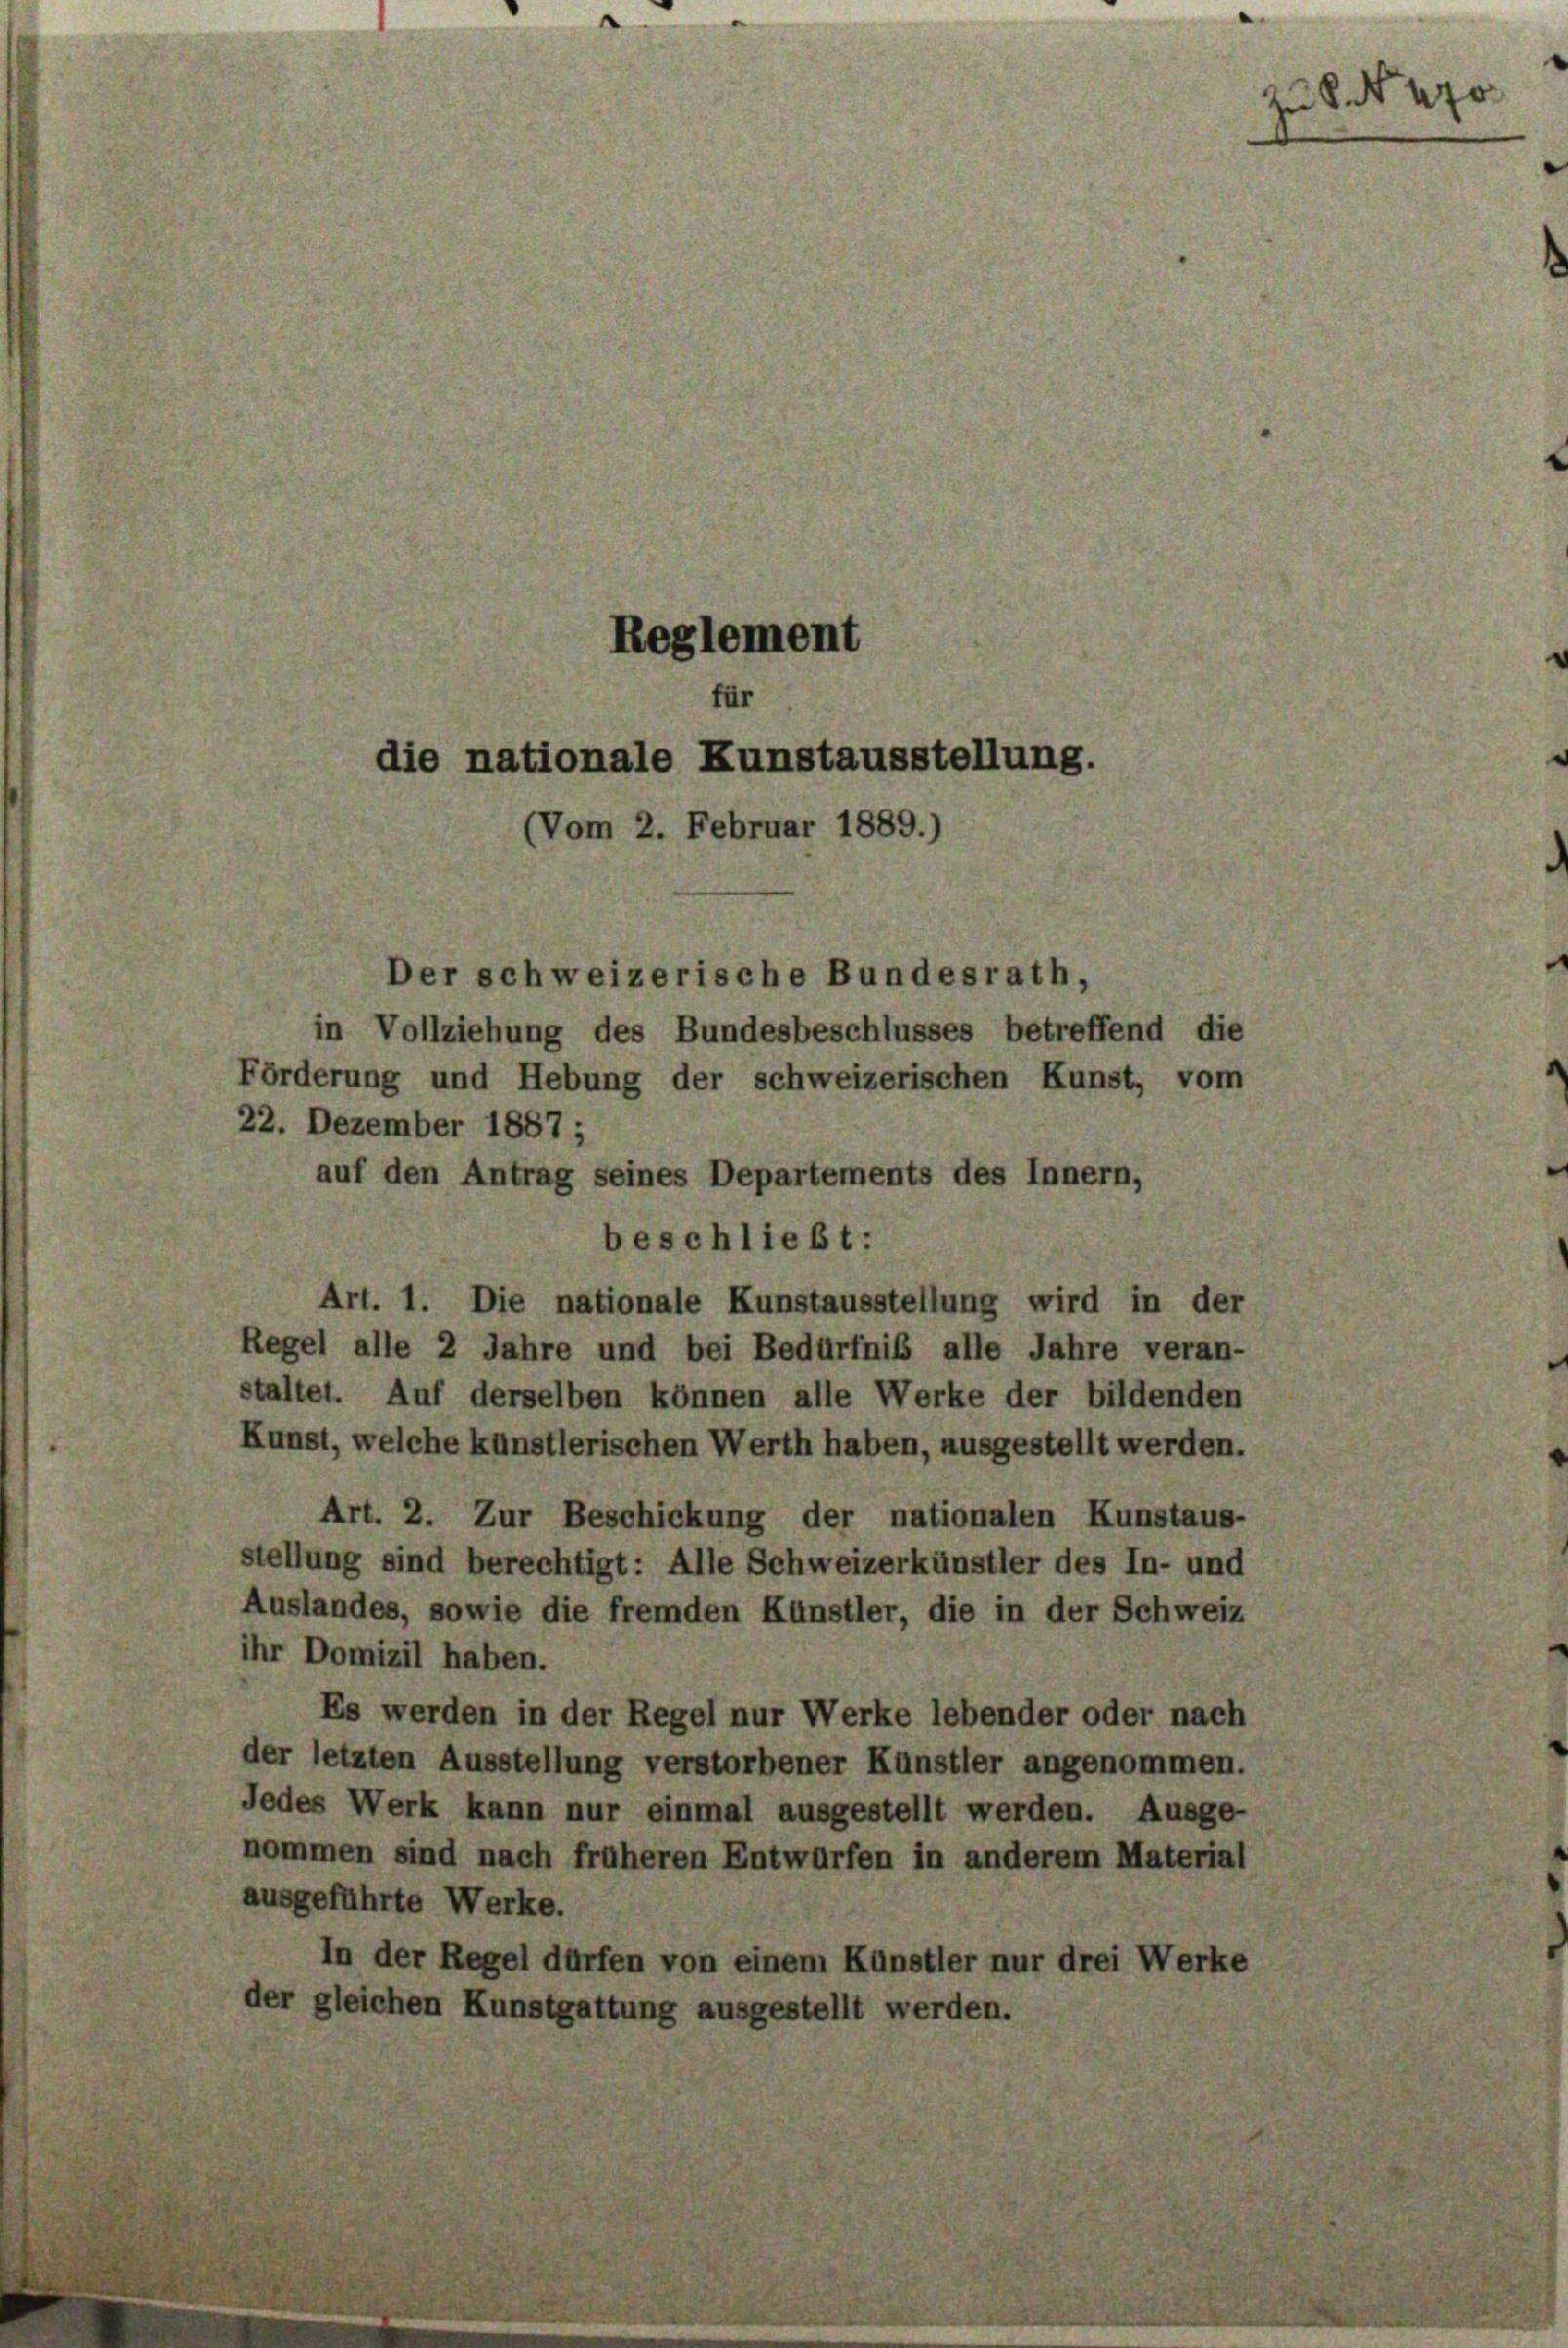
Reglement
die nationale Kunstausstellung.
Vom 2. Februar 1889.)
Der schweizerische Bundesrath,

in Vollziehung des Bundesbeschlusses betreffend die
Förderung und Hebung der schweizerischen Kunst, vom
22. Dezember 1887 ;
auf den Antrag seines Departements des Innern,
beschließt:
Art. 1. Die nationale Kunstausstellung wird in der
Regel alle 2 Jahre und bei Bedürfniß alle Jahre veran-
staltet. Auf derselben können alle Werke der bildenden
Kunst, welche künstlerischen Werth haben, ausgestellt werden.
Art. 2. Zur Beschickung der nationalen Kunstaus-
stellung sind berechtigt: Alle Schweizerkünstler des In- und
Auslandes, sowie die fremden Künstler, die in der Schweiz
ihr Domizil haben.
Es werden in der Regel nur Werke lebender oder nach
der letzten Ausstellung verstorbener Künstler angenommen.
Jedes Werk kann nur einmal ausgestellt werden. Ausge-
nommen sind nach früheren Entwürfen in anderem Material
ausgeführte Werke.
In der Regel dürfen von einem Künstler nur drei Werke
der gleichen Kunstgattung ausgestellt werden.

zu S. 470